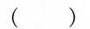
()